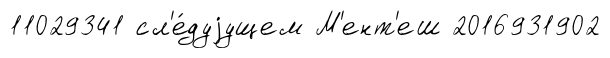
11029341 сл'е́дуjущем М'ент'еш 2016931902